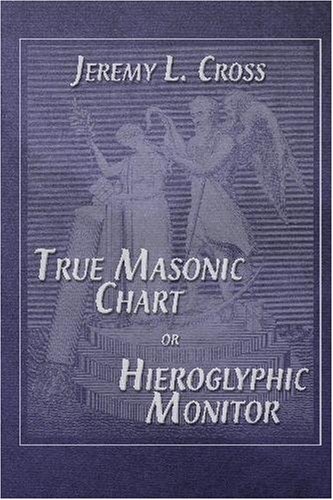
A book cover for True Masonic Chart or Hieroglyphic Monitor; Jeremy L. Cross; Religion & Spirituality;